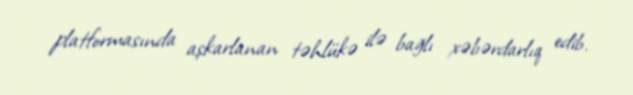
platformasında aşkarlanan təhlükə ilə bağlı xəbərdarlıq edib.